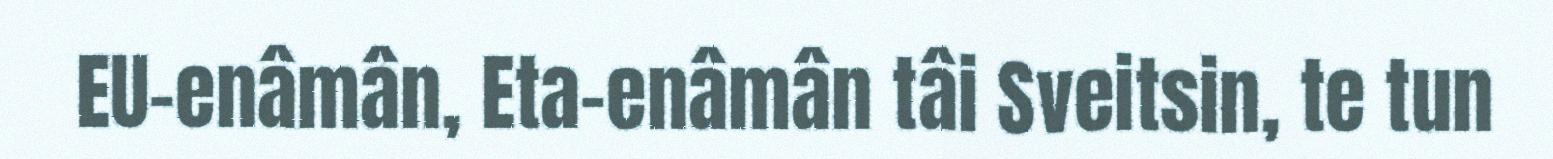
EU-enâmân, Eta-enâmân tâi Sveitsin, te tun